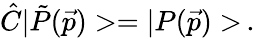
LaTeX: \hat{C}|\tilde{P}(\vec{p})>=|P(\vec{p})>\, .